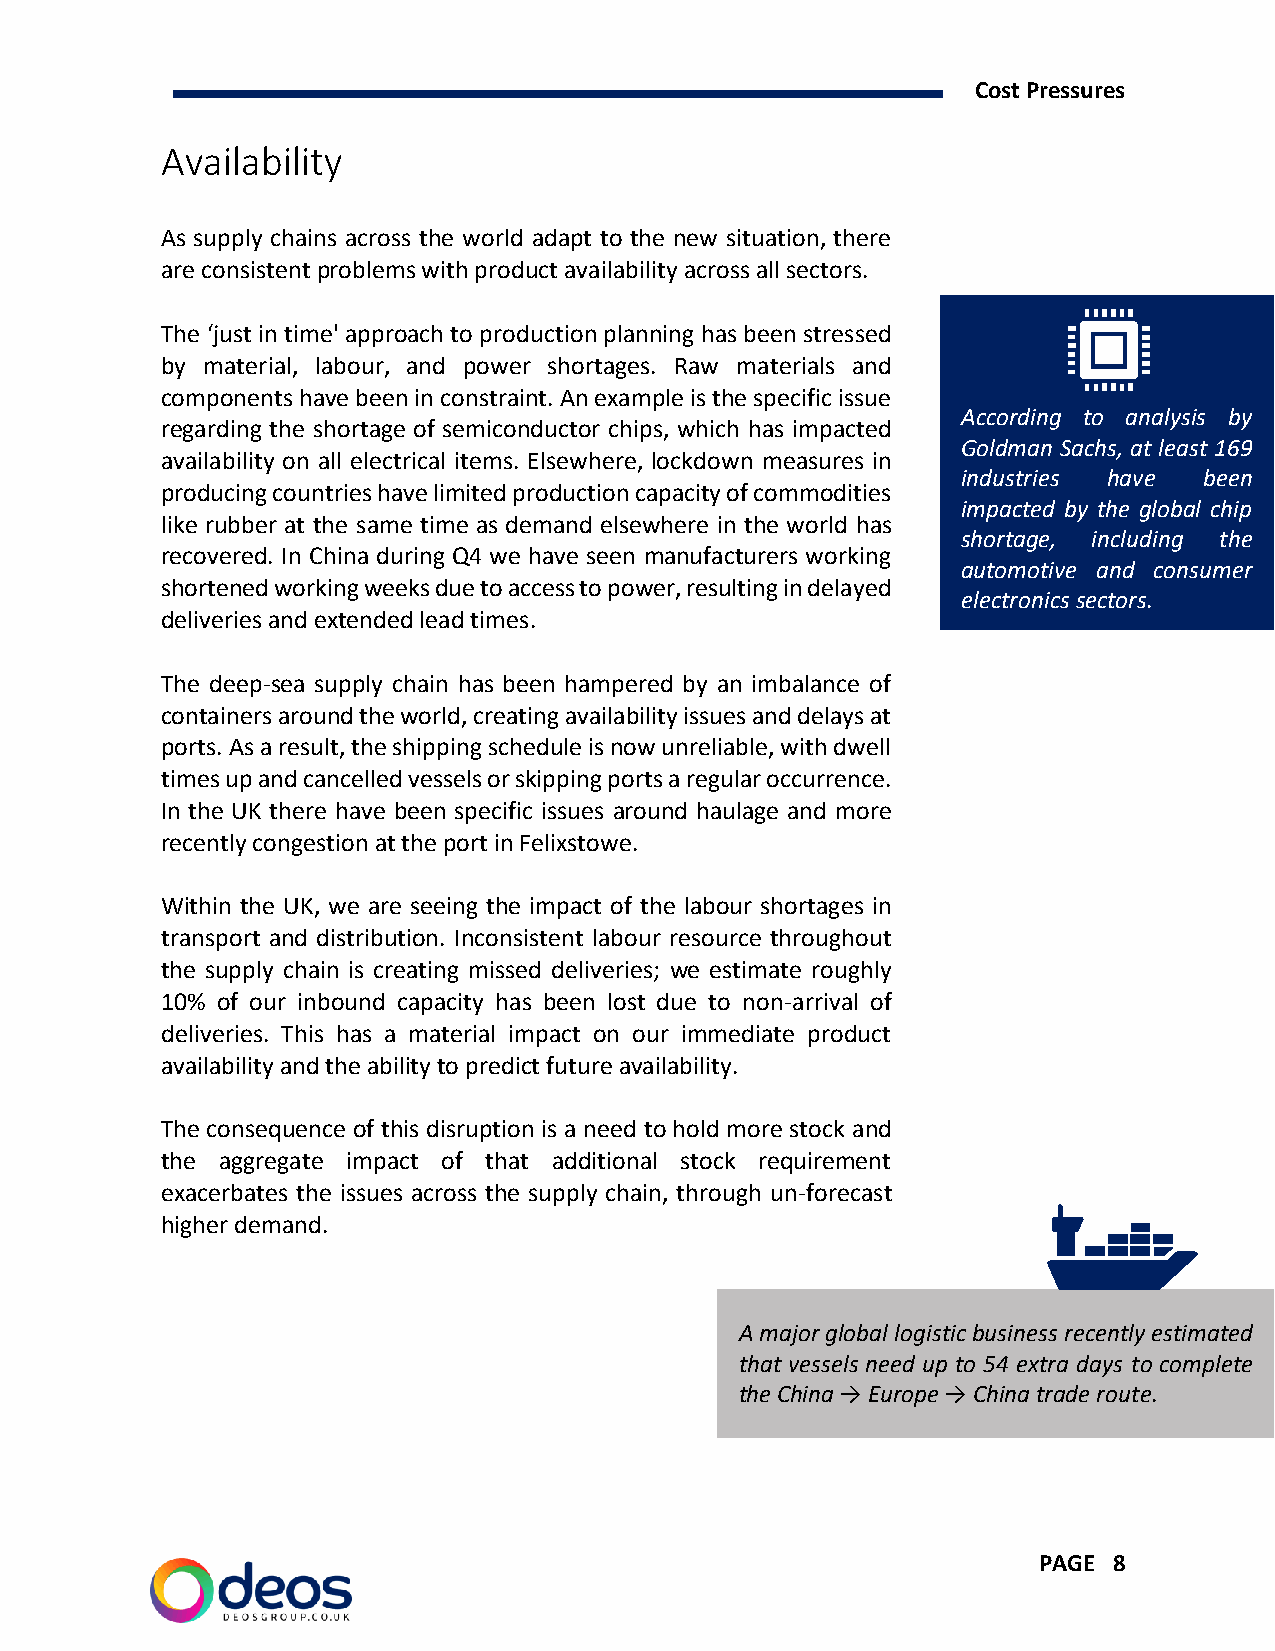
Cost Pressures
 Availability
 As supply chains across the world adapt to the new situation, there
 are consistent problems with product availability across all sectors.
 The ‘just in time' approach to production planning has been stressed
 by material, labour, and power shortages. Raw materials and
 components have been in constraint. An example is the specific issue
 According to analysis by
 regarding the shortage of semiconductor chips, which has impacted
 Goldman Sachs, at least 169
 availability on all electrical items. Elsewhere, lockdown measures in
 industries have been
 producing countries have limited production capacity of commodities
 impacted by the global chip
 like rubber at the same time as demand elsewhere in the world has
 shortage, including the
 recovered. In China during Q4 we have seen manufacturers working
 automotive and consumer
 shortened working weeks due to access to power, resulting in delayed
 electronics sectors.
 deliveries and extended lead times.
 The deep-sea supply chain has been hampered by an imbalance of
 containers around the world, creating availability issues and delays at
 ports. As a result, the shipping schedule is now unreliable, with dwell
 times up and cancelled vessels or skipping ports a regular occurrence.
 In the UK there have been specific issues around haulage and more
 recently congestion at the port in Felixstowe.
 Within the UK, we are seeing the impact of the labour shortages in
 transport and distribution. Inconsistent labour resource throughout
 the supply chain is creating missed deliveries; we estimate roughly
 10% of our inbound capacity has been lost due to non-arrival of
 deliveries. This has a material impact on our immediate product
 availability and the ability to predict future availability.
 The consequence of this disruption is a need to hold more stock and
 the aggregate impact of that additional stock requirement
 exacerbates the issues across the supply chain, through un-forecast
 higher demand.
 A major global logistic business recently estimated
 that vessels need up to 54 extra days to complete
 the China → Europe → China trade route.
 PAGE 8